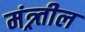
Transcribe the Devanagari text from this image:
मंत्र्र्तील